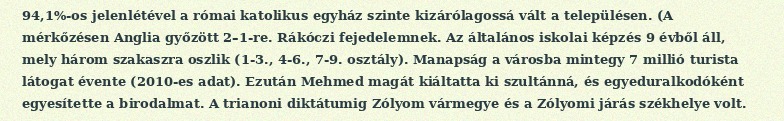
94,1%-os jelenlétével a római katolikus egyház szinte kizárólagossá vált a településen. (A mérkőzésen Anglia győzött 2–1-re. Rákóczi fejedelemnek. Az általános iskolai képzés 9 évből áll, mely három szakaszra oszlik (1-3., 4-6., 7-9. osztály). Manapság a városba mintegy 7 millió turista látogat évente (2010-es adat). Ezután Mehmed magát kiáltatta ki szultánná, és egyeduralkodóként egyesítette a birodalmat. A trianoni diktátumig Zólyom vármegye és a Zólyomi járás székhelye volt.